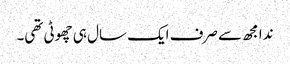
ندا مجھ سے صرف ایک سال ہی چھوٹی تھی۔